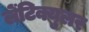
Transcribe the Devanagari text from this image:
लेंटिक्युलर